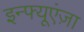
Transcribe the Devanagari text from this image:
इन्फ्यूएंज़ा